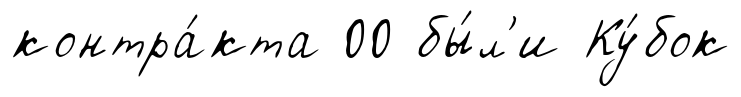
контра́кта 00 бы́л'и Ку́бок